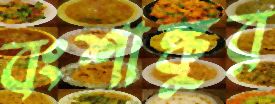
বংশাঙ্কুর